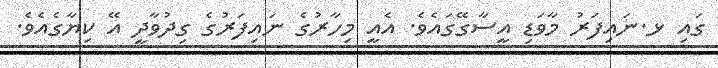
ގައި ޅ.ނައިފަރު މާވަޑި އީސާގޭގައެވެ. އެއީ މިހާރުގެ ނައިފަރުގެ ގިދުވާދީ އޭ ކިޔާގެއެވެ.